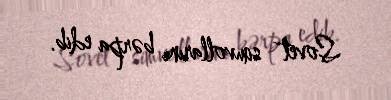
Sovet simvollarını bərpa edib.